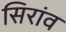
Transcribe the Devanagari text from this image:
सिरांव